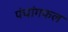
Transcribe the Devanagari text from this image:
पंचांगफल